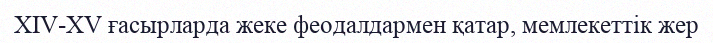
XIV-XV ғасырларда жеке феодалдармен қатар, мемлекеттік жер